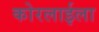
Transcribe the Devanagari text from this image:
कोरलाईला